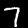
Label: 7